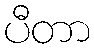
ပီတာ